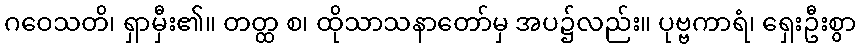
ဂဝေသတိ၊ ရှာမှီး၏။ တတ္ထ စ၊ ထိုသာသနာတော်မှ အပ၌လည်း။ ပုဗ္ဗကာရံ၊ ရှေးဦးစွာ